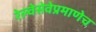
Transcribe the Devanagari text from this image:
रेल्वेसेवेप्रमाणेच